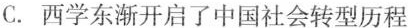
C.西学东渐开启了中国社会转型历程